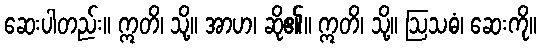
ဆေးပါတည်း။ ဣတိ၊ သို့။ အာဟ၊ ဆို၏။ ဣတိ၊ သို့။ ဩသဓံ၊ ဆေးကို။